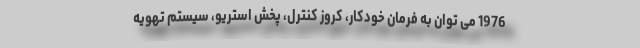
1976 می توان به فرمان خودکار، کروز کنترل، پخش استریو، سیستم تهویه